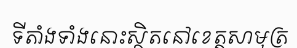
ទីតាំងទាំងនោះស្ថិតនៅខេត្តសាមុត្រ